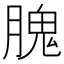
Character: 𦞙